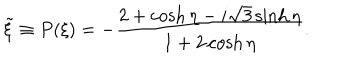
LaTeX: \tilde { \xi } \equiv P ( \xi ) = - \frac { 2 + \cosh \eta - i \sqrt { 3 } \sinh \eta } { 1 + 2 \cosh \eta } .